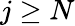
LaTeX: j\ge N